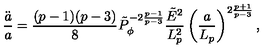
{ \frac { \ddot { a } } { a } } = { \frac { ( p - 1 ) ( p - 3 ) } { 8 } } \tilde { P } _ { \phi } ^ { - 2 { \frac { p - 1 } { p - 3 } } } { \frac { \tilde { E } ^ { 2 } } { L _ { p } ^ { 2 } } } \left( { \frac { a } { L _ { p } } } \right) ^ { 2 { \frac { p + 1 } { p - 3 } } } ,